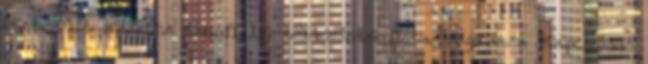
őket. Mit szeretne tenni? Új többszintű lista megadása Kapcsolódó